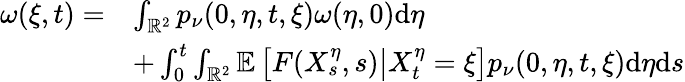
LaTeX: \begin{array}{rl}{\omega(\xi,t)=}&{\int_{\mathbb{R}^{2}}p_{\nu}(0,\eta,t,\xi)\omega(\eta,0)\mathrm{d}\eta}\\ &{+\int_{0}^{t}\int_{\mathbb{R}^{2}}\mathbb{E}\left[\left.F(X_{s}^{\eta},s)\right|X_{t}^{\eta}=\xi\right]p_{\nu}(0,\eta,t,\xi)\mathrm{d}\eta\mathrm{d}s}\end{array}